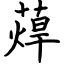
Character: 蔊